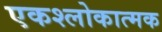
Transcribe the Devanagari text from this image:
एकश्लोकात्मक